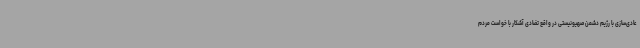
عادی‌سازی با رژیم دشمن صهیونیستی در واقع تضادی آشکار با خواست مردم